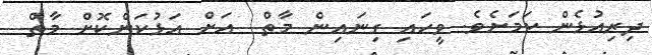
ދިރިއުޅެން ކަމަށެވެ. ވީހައި ގިނައިން މާތް  އަށް އަޅުކަންކޮށް މާތް